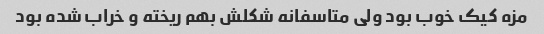
مزه کیک خوب بود ولی متاسفانه شکلش بهم ریخته و خراب شده بود